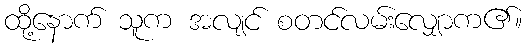
ထို့နောက် သူက အလျင် စတင်လမ်းလျှောက၏။